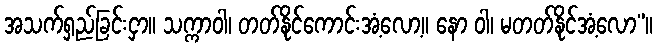
အသက်ရှည်ခြင်းငှာ။ သက္ကာဝါ၊ တတ်နိုင်ကောင်းအံ့လော့။ နော ဝါ၊ မတတ်နိုင်အံ့လော”။